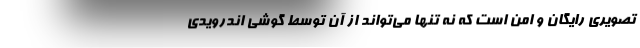
تصویری رایگان و امن است که نه تنها می‌تواند از آن توسط گوشی اندرویدی